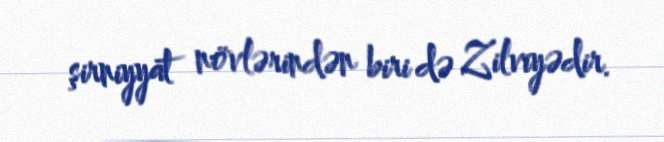
şirniyyat növlərindən biri də Zilviyədir.